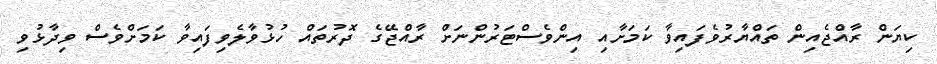
ކިޔަން ރާއްޖެއިން ތައްޔާރުވެފައިވާ ކަމަށާއި އިންވެސްޓަރުންނަށް ރާއްޖޭގެ ދޮރުތައް ހުޅުވާލެވިފައިވާ ކަމަށްވެސް ވިދާޅުވި